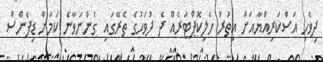
ދިވެހި އަސްކަރިއްޔާއަށް އިތުރު ހެލިކޮޕްޓަރެއް ދެ ދުވަހުގެ ތެރޭގައި ގެންނަވާނެ ކަަމަށް ޑިފެންސް